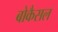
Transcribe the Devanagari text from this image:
बोकैसल